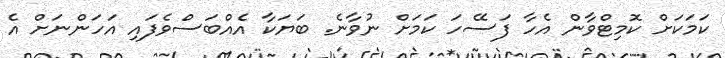
ކަމަކަށް ކޮމިޓްވާން އެހާ ފަސޭހަ ކަމަށް ނުވާނެ. ބަޔަކާ އެއްބަސްވެފައި އަހަންނަށް އެ